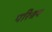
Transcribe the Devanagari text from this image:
परिश्रय